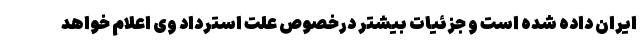
ایران داده شده است و جزئیات بیشتر درخصوص علت استرداد وی اعلام خواهد